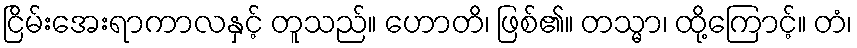
ငြိမ်းအေးရာကာလနှင့် တူသည်။ ဟောတိ၊ ဖြစ်၏။ တသ္မာ၊ ထို့ကြောင့်။ တံ၊